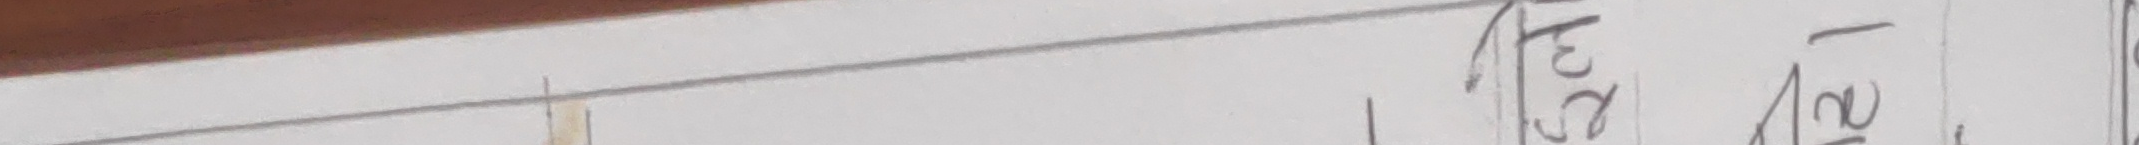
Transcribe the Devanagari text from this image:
सृष्टि ।(१) सृष्टि (२)